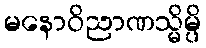
မနောဝိညာဏသ္မိမ္ပိ